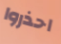
احذروا